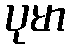
ပုမာ